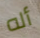
أله